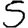
Digit: 5